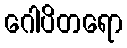
ဂေါပိတရော